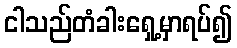
ငါသည်တံခါးရှေ့မှာရပ်၍